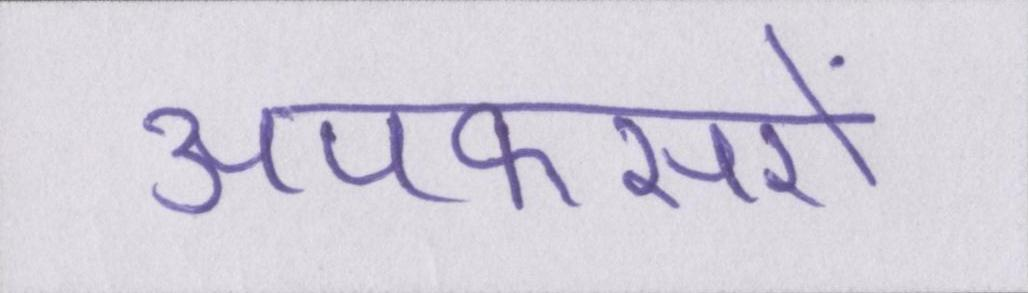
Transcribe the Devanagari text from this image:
अपफसरों